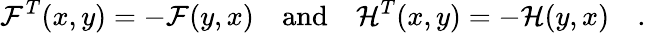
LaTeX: {\cal F}^{T}(x,y)=-{\cal F}(y,x)\quad\mathrm{and}\quad{\cal H}^{T}(x,y)=-{\cal H}(y,x)\quad.